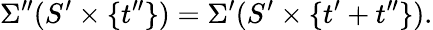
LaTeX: \Sigma^{\prime\prime}(S^{\prime}\times\{ t^{\prime\prime}\} )=\Sigma^{\prime}(S^{\prime}\times\{ t^{\prime}+t^{\prime\prime}\} ).